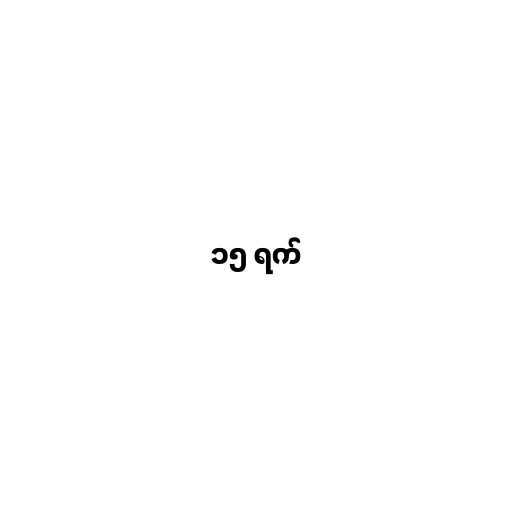
၁၅ ရက်